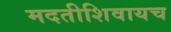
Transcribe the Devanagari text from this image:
मदतीशिवायच